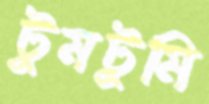
টুমটুমি